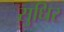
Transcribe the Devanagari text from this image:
सुधिर